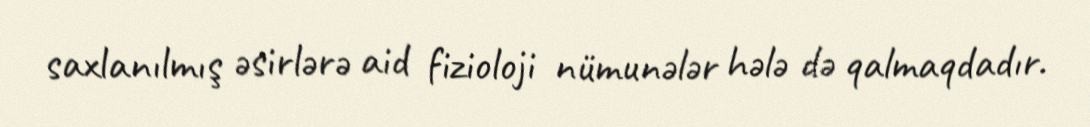
saxlanılmış əsirlərə aid fizioloji nümunələr hələ də qalmaqdadır.